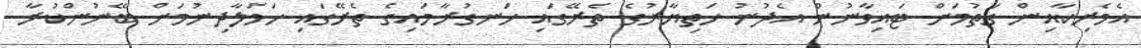
އެމެރިކާއިން ގަތުމަށް ޓައިވާނުން އެދުނު ހަތިޔާރުގެ ތެރޭގައި ހަނގުރާމައިގެ ތެރޭގައި ހަމަލާދިނުމަށް ބޭނުންކުރާ